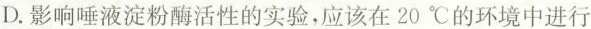
D.影响唾液淀粉酶活性的实验，应该在20℃的环境中进行